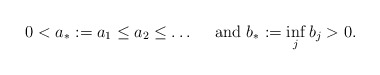
\begin{align*}0<a_*:=a_1\leq a_2\leq\ldots\quad\textnormal{ and }b_{\ast}:=\inf_j b_j>0.\end{align*}